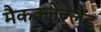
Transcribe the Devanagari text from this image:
मैकक्लेल्लैंड